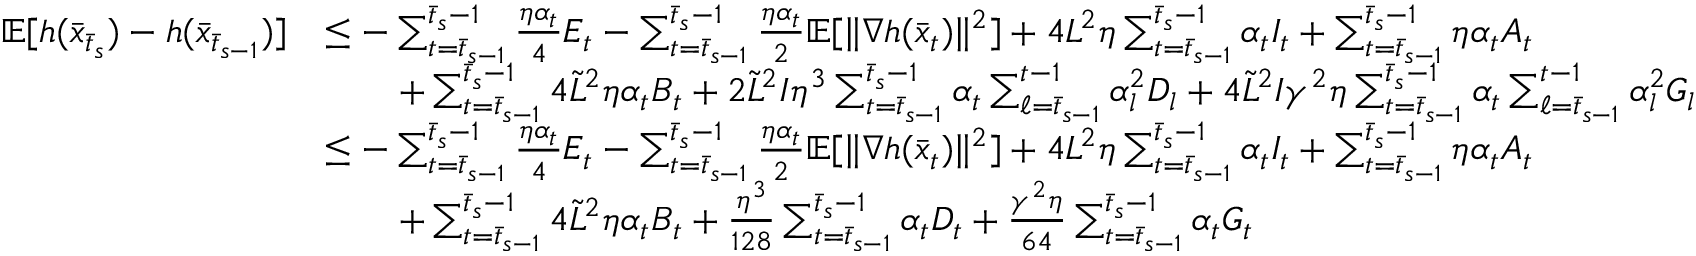
\begin{array} { r l } { \mathbb { E } [ h ( \bar { x } _ { \bar { t } _ { s } } ) - h ( \bar { x } _ { \bar { t } _ { s - 1 } } ) ] } & { \leq - \sum _ { t = \bar { t } _ { s - 1 } } ^ { \bar { t } _ { s } - 1 } \frac { \eta \alpha _ { t } } { 4 } E _ { t } - \sum _ { t = \bar { t } _ { s - 1 } } ^ { \bar { t } _ { s } - 1 } \frac { \eta \alpha _ { t } } { 2 } \mathbb { E } [ \| \nabla h ( \bar { x } _ { t } ) \| ^ { 2 } ] + 4 L ^ { 2 } \eta \sum _ { t = \bar { t } _ { s - 1 } } ^ { \bar { t } _ { s } - 1 } \alpha _ { t } I _ { t } + \sum _ { t = \bar { t } _ { s - 1 } } ^ { \bar { t } _ { s } - 1 } \eta \alpha _ { t } A _ { t } } \\ & { \qquad + \sum _ { t = \bar { t } _ { s - 1 } } ^ { \bar { t } _ { s } - 1 } 4 \tilde { L } ^ { 2 } \eta \alpha _ { t } B _ { t } + 2 \tilde { L } ^ { 2 } I \eta ^ { 3 } \sum _ { t = \bar { t } _ { s - 1 } } ^ { \bar { t } _ { s } - 1 } \alpha _ { t } \sum _ { \ell = \bar { t } _ { s - 1 } } ^ { t - 1 } \alpha _ { l } ^ { 2 } D _ { l } + 4 \tilde { L } ^ { 2 } I \gamma ^ { 2 } \eta \sum _ { t = \bar { t } _ { s - 1 } } ^ { \bar { t } _ { s } - 1 } \alpha _ { t } \sum _ { \ell = \bar { t } _ { s - 1 } } ^ { t - 1 } \alpha _ { l } ^ { 2 } G _ { l } } \\ & { \leq - \sum _ { t = \bar { t } _ { s - 1 } } ^ { \bar { t } _ { s } - 1 } \frac { \eta \alpha _ { t } } { 4 } E _ { t } - \sum _ { t = \bar { t } _ { s - 1 } } ^ { \bar { t } _ { s } - 1 } \frac { \eta \alpha _ { t } } { 2 } \mathbb { E } [ \| \nabla h ( \bar { x } _ { t } ) \| ^ { 2 } ] + 4 L ^ { 2 } \eta \sum _ { t = \bar { t } _ { s - 1 } } ^ { \bar { t } _ { s } - 1 } \alpha _ { t } I _ { t } + \sum _ { t = \bar { t } _ { s - 1 } } ^ { \bar { t } _ { s } - 1 } \eta \alpha _ { t } A _ { t } } \\ & { \qquad + \sum _ { t = \bar { t } _ { s - 1 } } ^ { \bar { t } _ { s } - 1 } 4 \tilde { L } ^ { 2 } \eta \alpha _ { t } B _ { t } + \frac { \eta ^ { 3 } } { 1 2 8 } \sum _ { t = \bar { t } _ { s - 1 } } ^ { \bar { t } _ { s } - 1 } \alpha _ { t } D _ { t } + \frac { \gamma ^ { 2 } \eta } { 6 4 } \sum _ { t = \bar { t } _ { s - 1 } } ^ { \bar { t } _ { s } - 1 } \alpha _ { t } G _ { t } } \end{array}